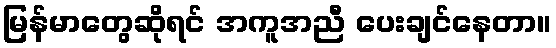
မြန်မာတွေဆိုရင် အကူအညီ ပေးချင်နေတာ။